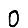
Digit: 0